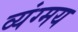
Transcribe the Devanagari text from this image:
व्यंग्मय